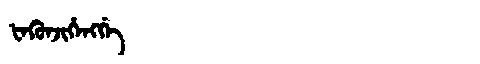
Manchu: ᡶᡝᡴᡠᠨᠵᡳᡥᡝᠩᡤᡝ
Romanization: FEKUNJIHENGGE